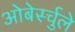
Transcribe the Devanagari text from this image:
ओबेर्स्चुले